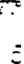
.